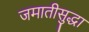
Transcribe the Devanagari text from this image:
जमातीसुद्धा